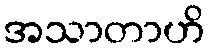
အသာတာဟိ